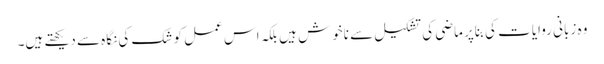
وہ زبانی روایات کی بِنا پر ماضی کی تشکیل سے ناخوش ہیں بلکہ اس عمل کو شک کی نگاہ سے دیکھتے ہیں۔